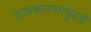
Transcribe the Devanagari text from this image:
राजकारणापुढचे